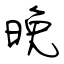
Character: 晩